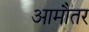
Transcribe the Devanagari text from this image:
आमौतर